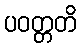
ပဝတ္တတိ